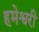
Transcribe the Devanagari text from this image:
हमेश्वरी